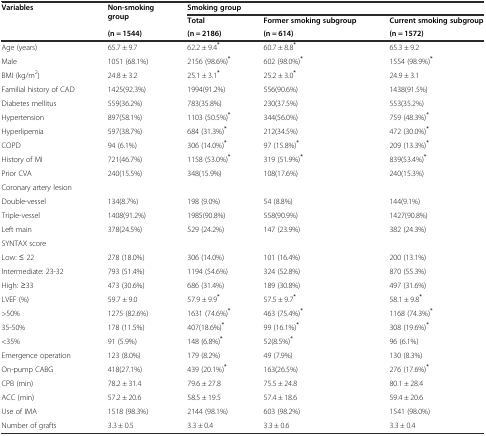
<table><thead><tr><td rowspan="3"><b>Variables</b></td><td rowspan="2"><b>Non-smoking group</b></td><td colspan="3"><b>Smoking group</b></td></tr><tr><td><b>Total</b></td><td><b>Former smoking subgroup</b></td><td><b>Current smoking subgroup</b></td></tr><tr><td><b>(n = 1544)</b></td><td><b>(n = 2186)</b></td><td><b>(n = 614)</b></td><td><b>(n = 1572)</b></td></tr></thead><tbody><tr><td>Age (years)</td><td>65.7 ± 9.7</td><td>62.2 ± 9.4<sup><b>*</b></sup></td><td>60.7 ± 8.8<sup><b>*</b></sup></td><td>65.3 ± 9.2</td></tr><tr><td>Male</td><td>1051 (68.1%)</td><td>2156 (98.6%)<sup><b>*</b></sup></td><td>602 (98.0%)<sup><b>*</b></sup></td><td>1554 (98.9%)<sup><b>*</b></sup></td></tr><tr><td>BMI (kg/m<sup>2</sup>)</td><td>24.8 ± 3.2</td><td>25.1 ± 3.1<sup><b>*</b></sup></td><td>25.2 ± 3.0<sup><b>*</b></sup></td><td>24.9 ± 3.1</td></tr><tr><td>Familial history of CAD</td><td>1425(92.3%)</td><td>1994(91.2%)</td><td>556(90.6%)</td><td>1438(91.5%)</td></tr><tr><td>Diabetes mellitus</td><td>559(36.2%)</td><td>783(35.8%)</td><td>230(37.5%)</td><td>553(35.2%)</td></tr><tr><td>Hypertension</td><td>897(58.1%)</td><td>1103 (50.5%)<sup><b>*</b></sup></td><td>344(56.0%)</td><td>759 (48.3%)<sup><b>*</b></sup></td></tr><tr><td>Hyperlipemia</td><td>597(38.7%)</td><td>684 (31.3%)<sup><b>*</b></sup></td><td>212(34.5%)</td><td>472 (30.0%)<sup><b>*</b></sup></td></tr><tr><td>COPD</td><td>94 (6.1%)</td><td>306 (14.0%)<sup><b>*</b></sup></td><td>97 (15.8%)<sup><b>*</b></sup></td><td>209 (13.3%)<sup><b>*</b></sup></td></tr><tr><td>History of MI</td><td>721(46.7%)</td><td>1158 (53.0%)<sup><b>*</b></sup></td><td>319 (51.9%)<sup><b>*</b></sup></td><td>839(53.4%)<sup><b>*</b></sup></td></tr><tr><td>Prior CVA</td><td>240(15.5%)</td><td>348(15.9%)</td><td>108(17.6%)</td><td>240(15.3%)</td></tr><tr><td>Coronary artery lesion</td><td></td><td></td><td></td><td></td></tr><tr><td>Double-vessel</td><td>134(8.7%)</td><td>198 (9.0%)</td><td>54 (8.8%)</td><td>144(9.1%)</td></tr><tr><td>Triple-vessel</td><td>1408(91.2%)</td><td>1985(90.8%)</td><td>558(90.9%)</td><td>1427(90.8%)</td></tr><tr><td>Left main</td><td>378(24.5%)</td><td>529 (24.2%)</td><td>147 (23.9%)</td><td>382 (24.3%)</td></tr><tr><td>SYNTAX score</td><td></td><td></td><td></td><td></td></tr><tr><td>Low: ≤ 22</td><td>278 (18.0%)</td><td>306 (14.0%)</td><td>101 (16.4%)</td><td>200 (13.1%)</td></tr><tr><td>Intermediate: 23-32</td><td>793 (51.4%)</td><td>1194 (54.6%)</td><td>324 (52.8%)</td><td>870 (55.3%)</td></tr><tr><td>High: ≥33</td><td>473 (30.6%)</td><td>686 (31.4%)</td><td>189 (30.8%)</td><td>497 (31.6%)</td></tr><tr><td>LVEF (%)</td><td>59.7 ± 9.0</td><td>57.9 ± 9.9<sup><b>*</b></sup></td><td>57.5 ± 9.7<sup><b>*</b></sup></td><td>58.1 ± 9.8<sup><b>*</b></sup></td></tr><tr><td>&gt;50%</td><td>1275 (82.6%)</td><td>1631 (74.6%)<sup><b>*</b></sup></td><td>463 (75.4%)<sup><b>*</b></sup></td><td>1168 (74.3%)<sup><b>*</b></sup></td></tr><tr><td>35-50%</td><td>178 (11.5%)</td><td>407(18.6%)<sup><b>*</b></sup></td><td>99 (16.1%)<sup><b>*</b></sup></td><td>308 (19.6%)<sup><b>*</b></sup></td></tr><tr><td>&lt;35%</td><td>91 (5.9%)</td><td>148 (6.8%)<sup><b>*</b></sup></td><td>52(8.5%)<sup><b>*</b></sup></td><td>96 (6.1%)</td></tr><tr><td>Emergence operation</td><td>123 (8.0%)</td><td>179 (8.2%)</td><td>49 (7.9%)</td><td>130 (8.3%)</td></tr><tr><td>On-pump CABG</td><td>418(27.1%)</td><td>439 (20.1%)<sup><b>*</b></sup></td><td>163(26.5%)</td><td>276 (17.6%)<sup><b>*</b></sup></td></tr><tr><td>CPB (min)</td><td>78.2 ± 31.4</td><td>79.6 ± 27.8</td><td>75.5 ± 24.8</td><td>80.1 ± 28.4</td></tr><tr><td>ACC (min)</td><td>57.2 ± 20.6</td><td>58.5 ± 19.5</td><td>57.4 ± 18.6</td><td>59.4 ± 20.6</td></tr><tr><td>Use of IMA</td><td>1518 (98.3%)</td><td>2144 (98.1%)</td><td>603 (98.2%)</td><td>1541 (98.0%)</td></tr><tr><td>Number of grafts</td><td>3.3 ± 0.5</td><td>3.3 ± 0.4</td><td>3.3 ± 0.6</td><td>3.3 ± 0.4</td></tr></tbody></table>